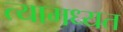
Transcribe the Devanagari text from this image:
त्यामध्यत